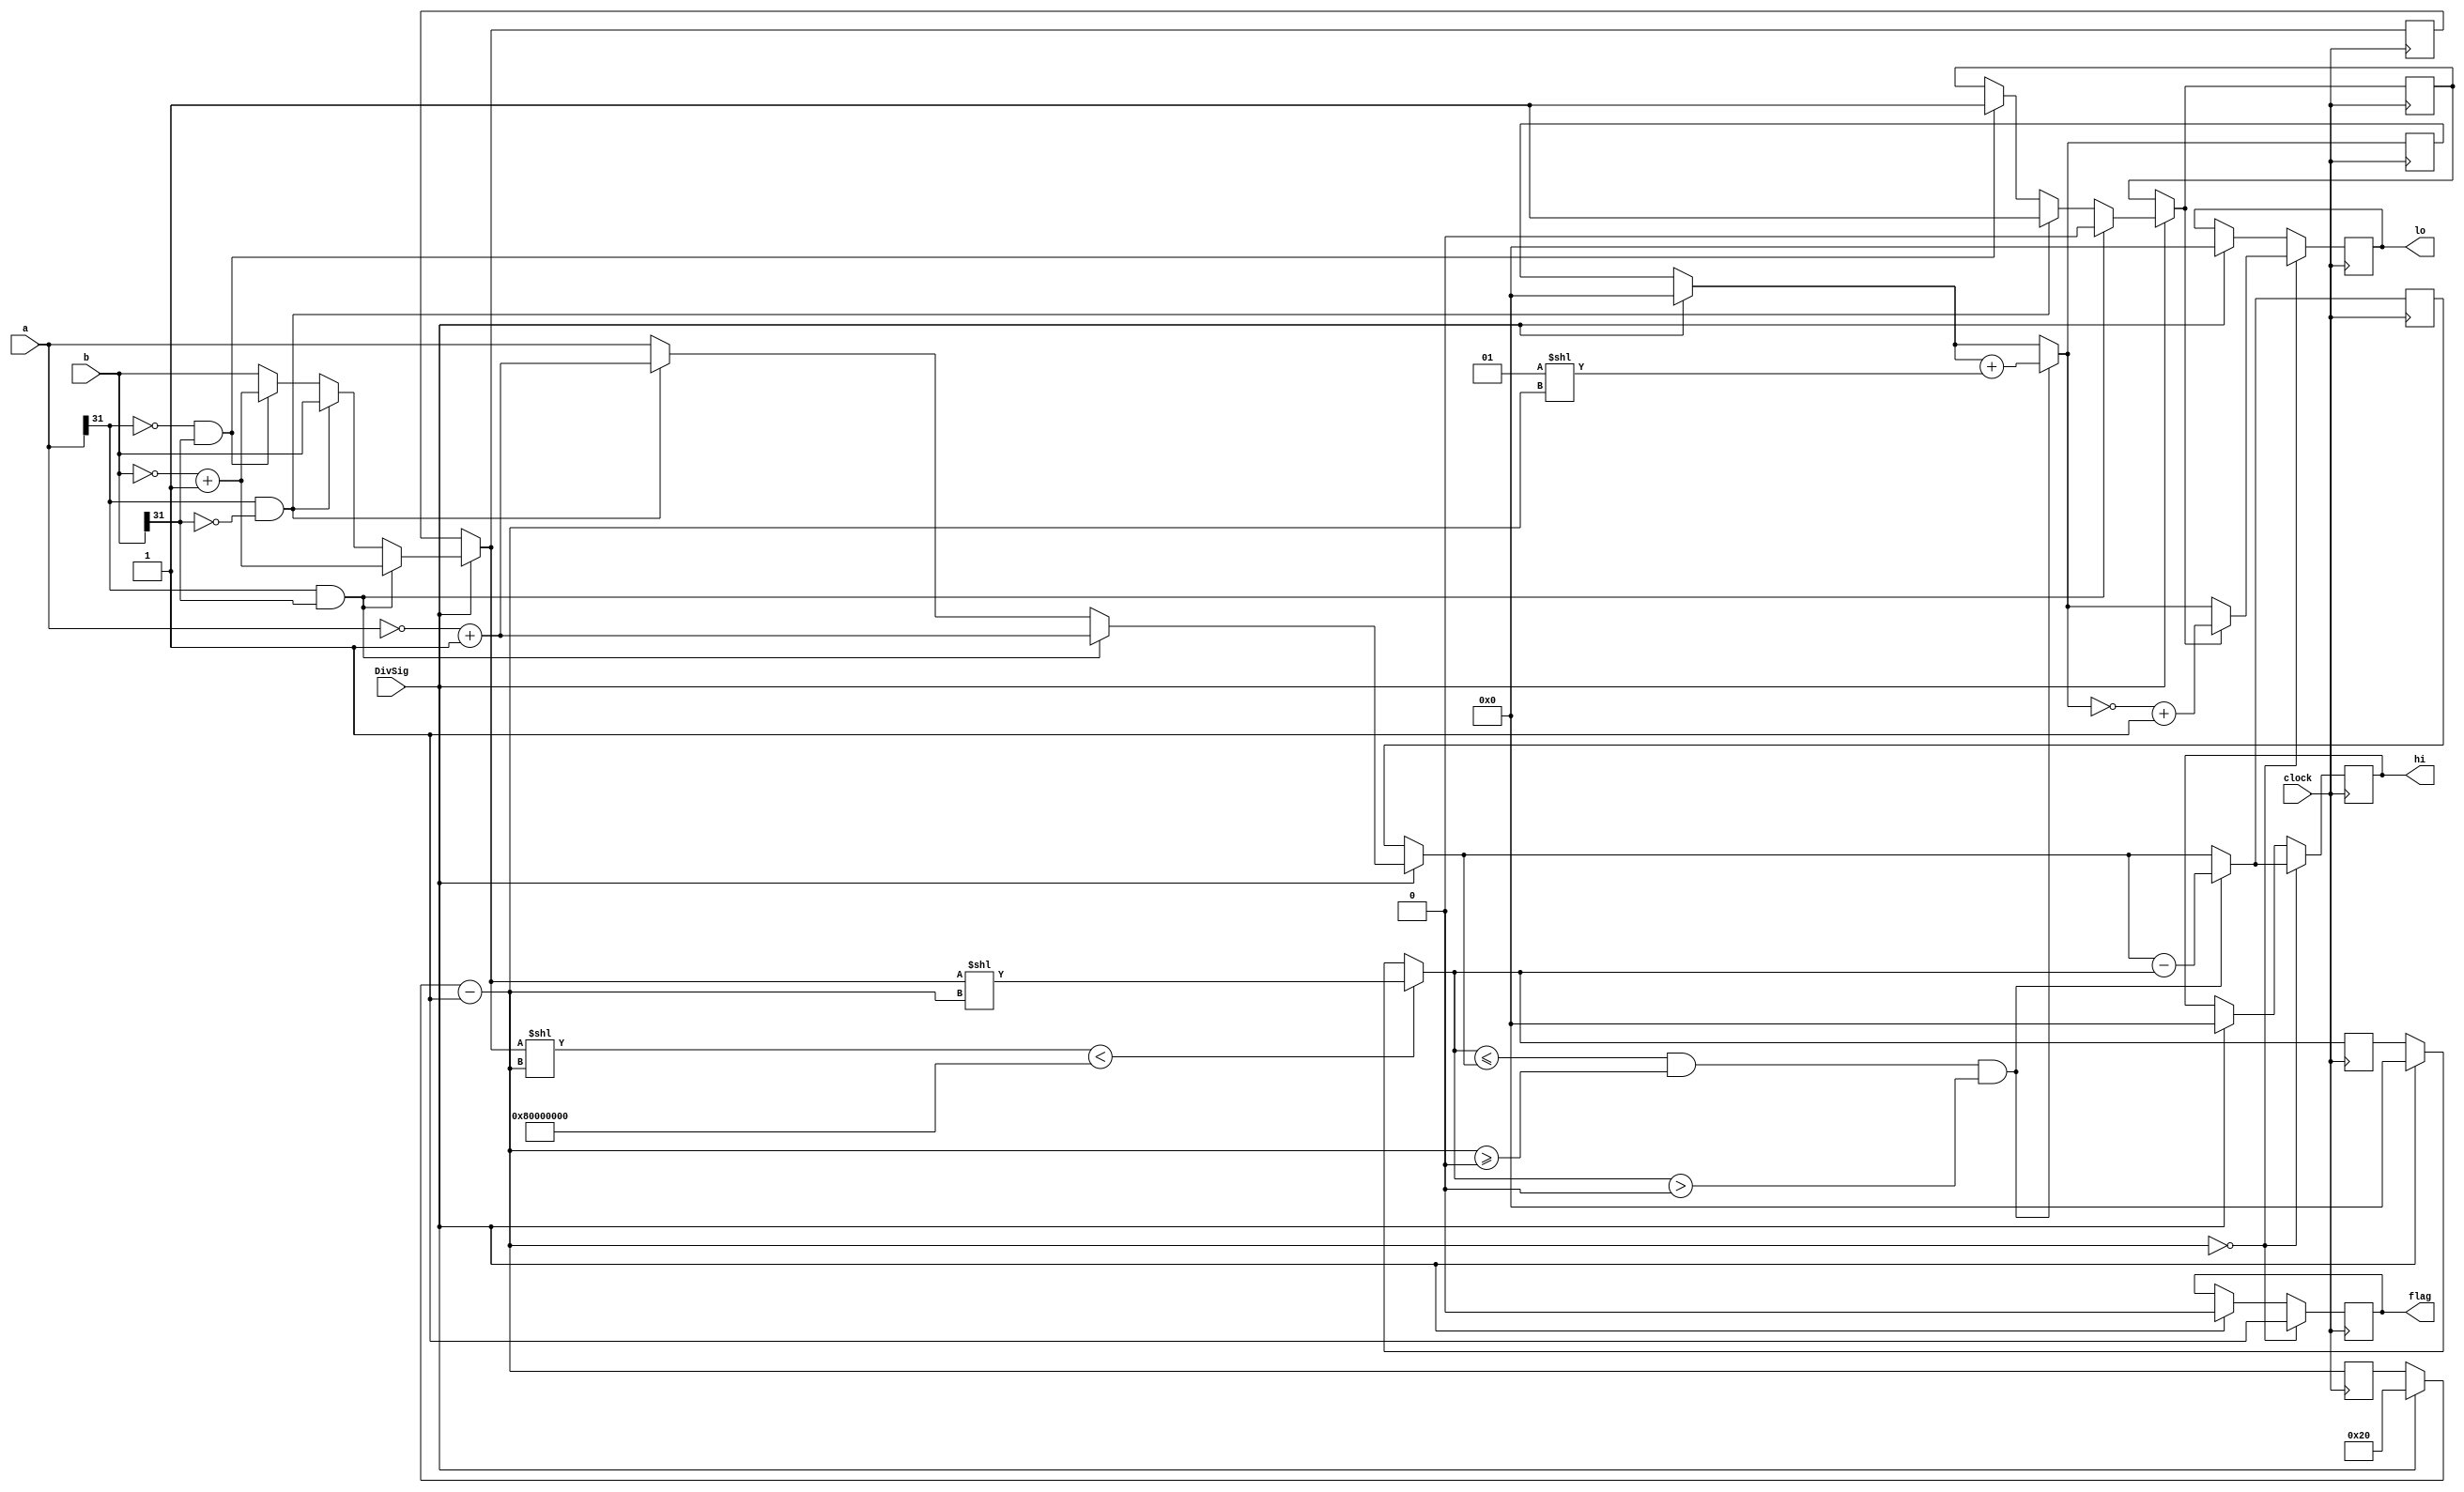
module Div (
    input clock,DivSig,
    input [31:0] a,b,
    output reg [31:0] hi,lo,
    output reg flag
    
);

reg [5:0] counter;
reg [31:0] soma,resto,aAux,bAux,bAux2,bAux3; 
reg negative;
reg debug;
initial begin
    counter=31;
    soma=0;
    resto=0;
    hi=0;
    lo=0;
    flag=0;
    aAux=0;
    bAux=0;
    negative=0;
    debug=0;
    bAux2=0;
end
always @(posedge clock) begin
    if(DivSig==1) begin
        counter=32;
    soma=0;
    resto=0;
    hi=0;
    lo=0;
    flag=0;
    aAux=a;
    bAux=0;
    bAux2=b;
    if(a[31]==1&&b[31]==1)begin
      negative=0;
       aAux=~aAux+1; 
        bAux2=~bAux2+1; 
        bAux3=~bAux3+1; 
    end else if (a[31]==1&&b[31]==0) begin
        negative=1;
       aAux=~aAux+1; 
    end
    else if (a[31]==0&&b[31]==1) begin
        negative=1;
       bAux2=~bAux2+1; 
        bAux3=~bAux3+1; 
    end
     end 
     counter=counter-1;
   debug=0;
   if((bAux2<<counter)<{{32{1'b0}},2147483648})begin
        bAux=bAux2<<counter;
        debug=1;
   end
  bAux3=bAux2<<counter;
    if(bAux<=aAux&&counter>=0&&bAux>0) begin
        soma=soma+{1<<counter};
        aAux = aAux - bAux;
        // debug=1;
    end
     if (counter==0) begin
    hi=aAux;
    lo=soma;
    flag=1;
    if(negative==1)begin
        lo={~lo}+1;
    end
end
    
end 
endmodule